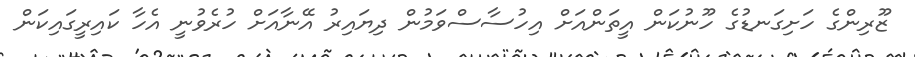
ޒޫރިންގެ ހަށިގަނޑުގެ ހޫނުކަން އީތަންއަށް އިހުސާސްވަމުން ދިޔައިރު އޭނާއަށް ހުރެވުނީ އެހާ ކައިރީގައިކަން